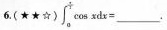
6.(★ $$*x)\int _{a}^{\frac{1}{2}}\cos xdx=$$